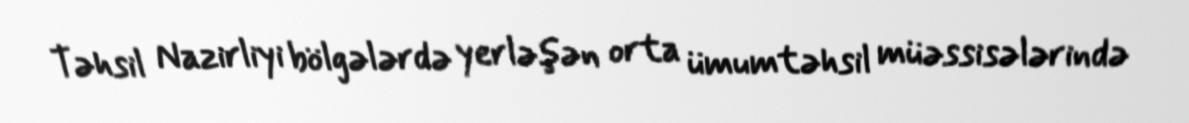
Təhsil Nazirliyi bölgələrdə yerləşən orta ümumtəhsil müəssisələrində